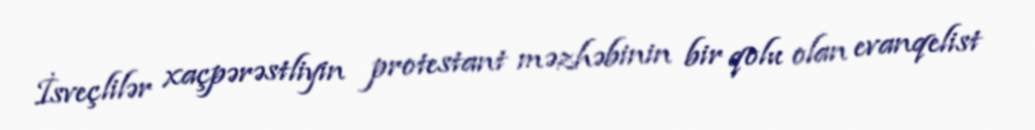
İsveçlilər xaçpərəstliyin protestant məzhəbinin bir qolu olan evanqelist